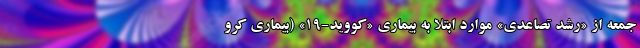
جمعه از «رشد تصاعدی» موارد ابتلا به بیماری «کووید-۱۹» (بیماری کرو